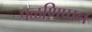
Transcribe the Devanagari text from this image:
पळणिप्पन